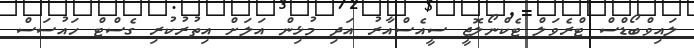
ލައިވްބޯޑްސް ޓްރެވަލް ޓެކްނޯލޮޖީ ސީއެސްއާރު އަދި މުޅިން އަލަށް އިތުރުކުރި ގެސްޓް ހައުސަސް